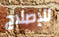
للإصلاح